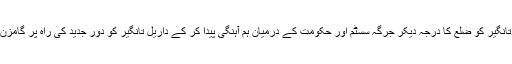
مزید براں داریل تانگیر کو ضلع کا درجہ دیکر جرگہ سسٹم اور حکومت کے درمیان ہم آہنگی پیدا کر کے داریل تانگیر کو دور جدید کی راہ پر گامزن کیا جاسکتا ہے ۔